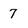
Character: 7